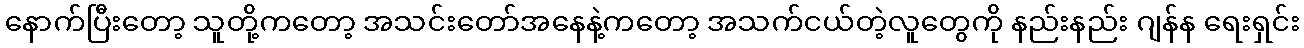
နောက်ပြီးတော့ သူတို့ကတော့ အသင်းတော်အနေနဲ့ကတော့ အသက်ငယ်တဲ့လူတွေကို နည်းနည်း ဂျန်န ရေးရှင်း